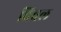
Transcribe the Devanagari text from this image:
चिवल